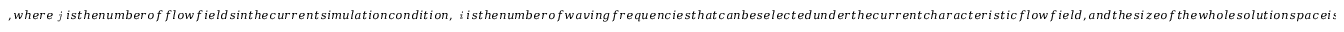
, w h e r e \textit { j } i s t h e n u m b e r o f f l o w f i e l d s i n t h e c u r r e n t s i m u l a t i o n c o n d i t i o n , \textit { i } i s t h e n u m b e r o f w a v i n g f r e q u e n c i e s t h a t c a n b e s e l e c t e d u n d e r t h e c u r r e n t c h a r a c t e r i s t i c f l o w f i e l d , a n d t h e s i z e o f t h e w h o l e s o l u t i o n s p a c e i s